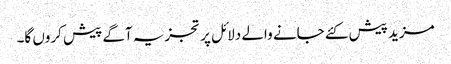
مزید پیش کئے جانے والے دلائل پر تجزیہ آگے پیش کروں گا۔